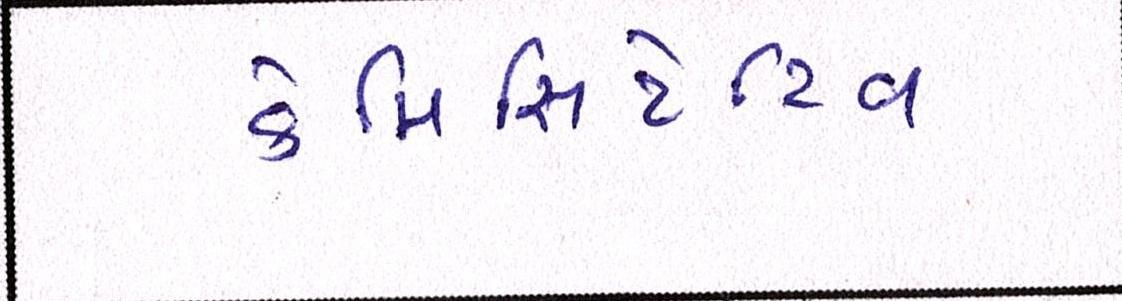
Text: કેપિસિટેટિવ